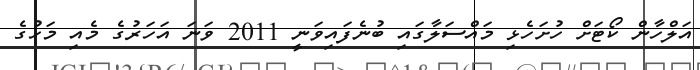
އަލްހާން ކޯޓަށް ހުށަހެޅި މައްސަލާގައި ބުނެފައިވަނީ 2011 ވަނަ އަހަރުގެ މެއި މަހުގެ